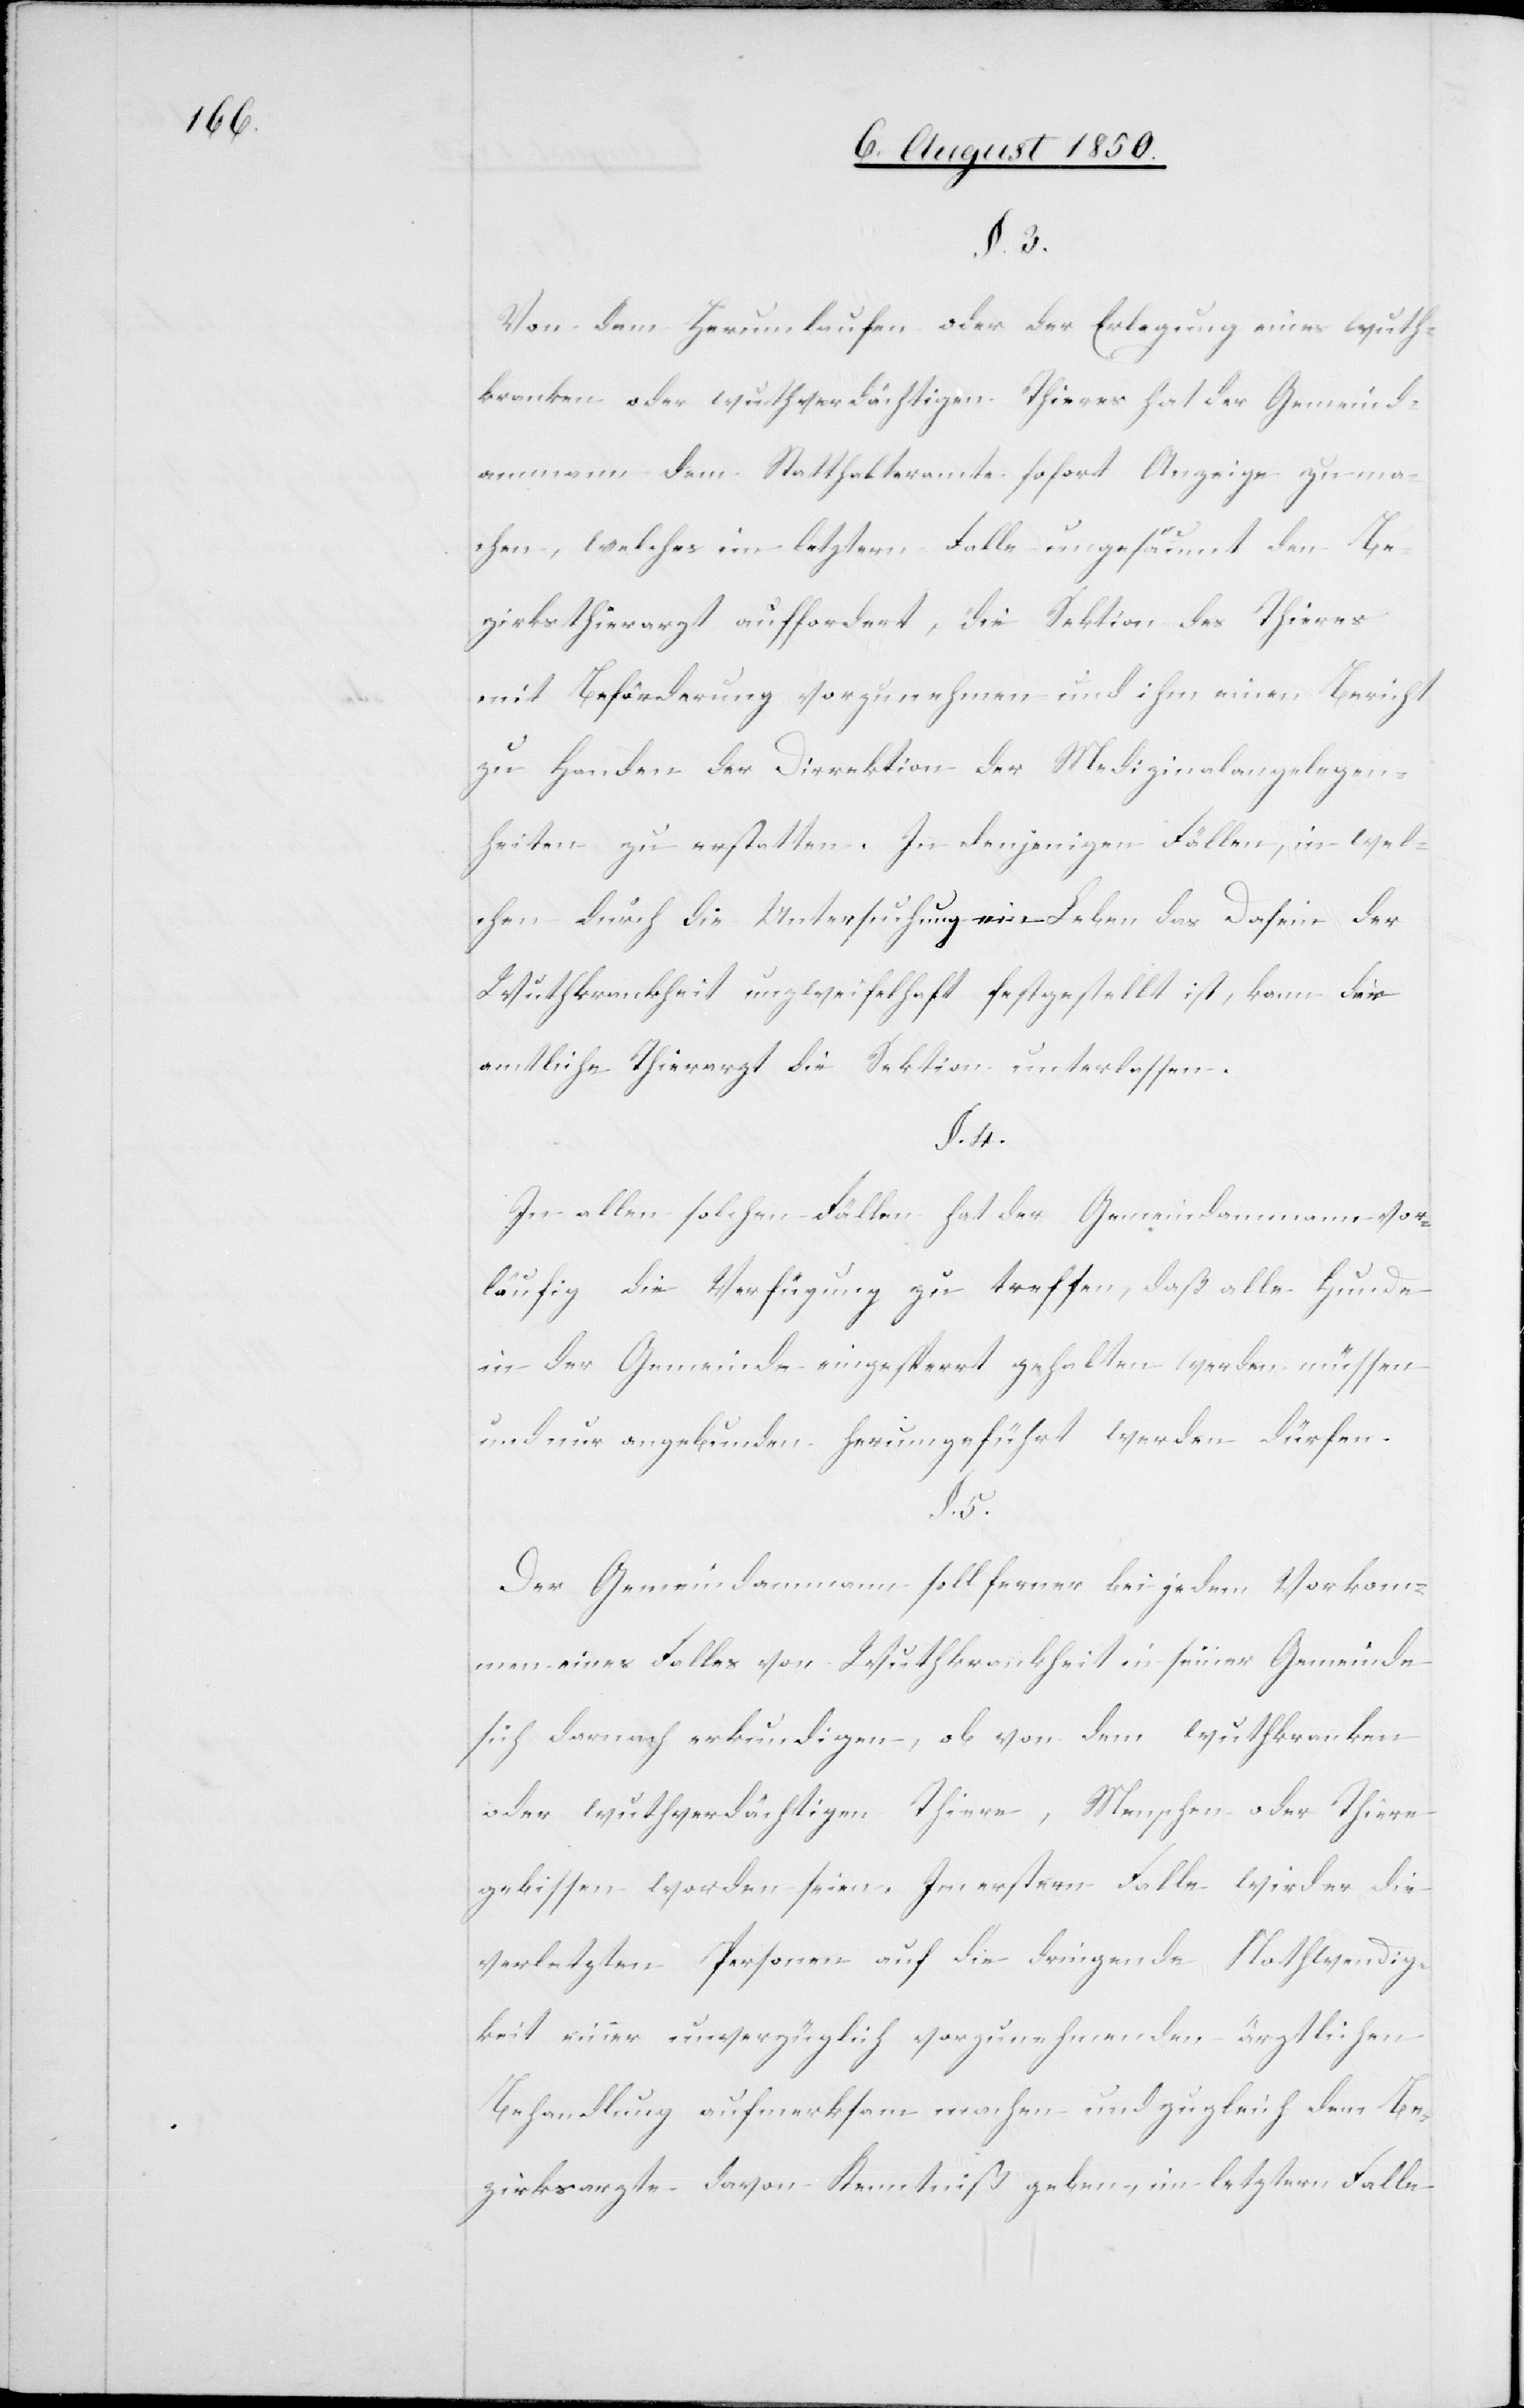
§. 3.
Von dem Herumlaufen oder der Erlegung eines wuth¬
kranken oder wuthverdächtigen Thieres hat der Gemeind¬
ammann dem Statthalteramte sofort Anzeige zu ma¬
chen, welches im letztern Falle ungesäumt den Be¬
zirksthierarzt auffordert, die Sektion des Thieres
mit Beförderung vorzunehmen und ihm einen Bericht
zu Handen der Dirrektion der Medizinalangelegen¬
heiten zu erstatten. In denjenigen Fällen, in wel¬
chen durch die Untersuchung ein [sic!] Leben das Dasein der
Wuhtkrankheit unzweifelhaft festgestellt ist, kann der
amtliche Thierarzt die Sektion unterlassen.
§. 5.
In allen solchen Fällen hat der Gemeindammann vor¬
läufig die Verfügung zu treffen, daß alle Hunde
in der Gemeinde eingesperrt gehalten werden müssen
und nur angebunden herumgeführt werden dürfen.
Der Gemeindammann soll ferner bei jedem Vorkom¬
men eines Falles von Wuthkrankheit in seiner Gemeinde
sich darnach erkundigen, ob von dem wuthkranken
oder wuhtverdächtigen Thiere, Menschen oder Thiere
gebissen worden seien. Im erstern Falle wird er die
verletzten Personen auf die dringende Nothwendig¬
keit einer unverzüglich vorzunehmenden ärztlichen
Behandlung aufmerksam machen und zugleich dem Be¬
zirksarzte davon Kenntniß gegeben, im letztern Falle